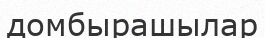
домбырашылар